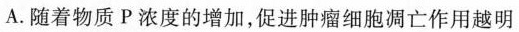
A.随着物质Р浓度的增加，促进肿瘤细胞凋亡作用越明